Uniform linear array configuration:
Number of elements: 48
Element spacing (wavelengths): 0.5
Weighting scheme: hann
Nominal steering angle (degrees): -15
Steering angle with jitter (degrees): -16.597
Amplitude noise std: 0.05
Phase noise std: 0.05

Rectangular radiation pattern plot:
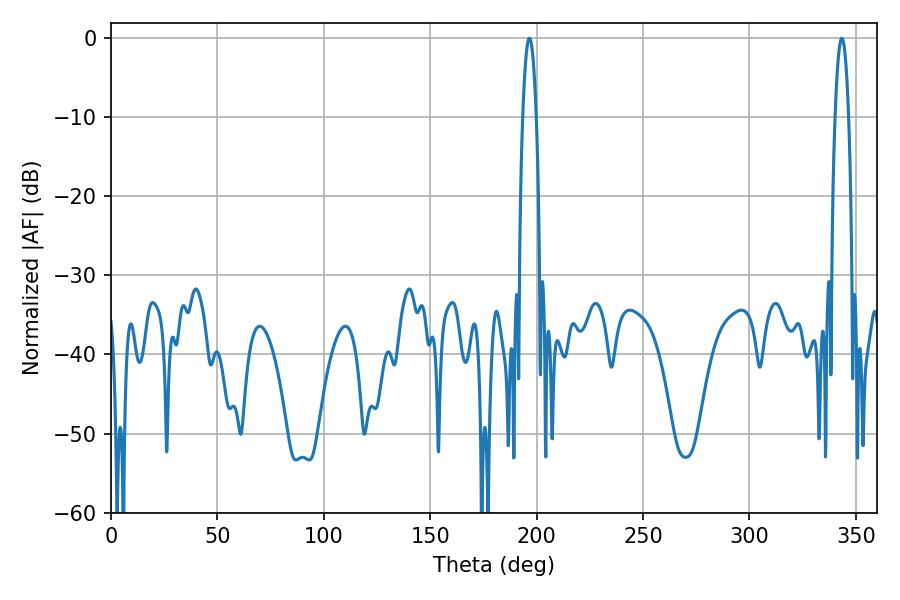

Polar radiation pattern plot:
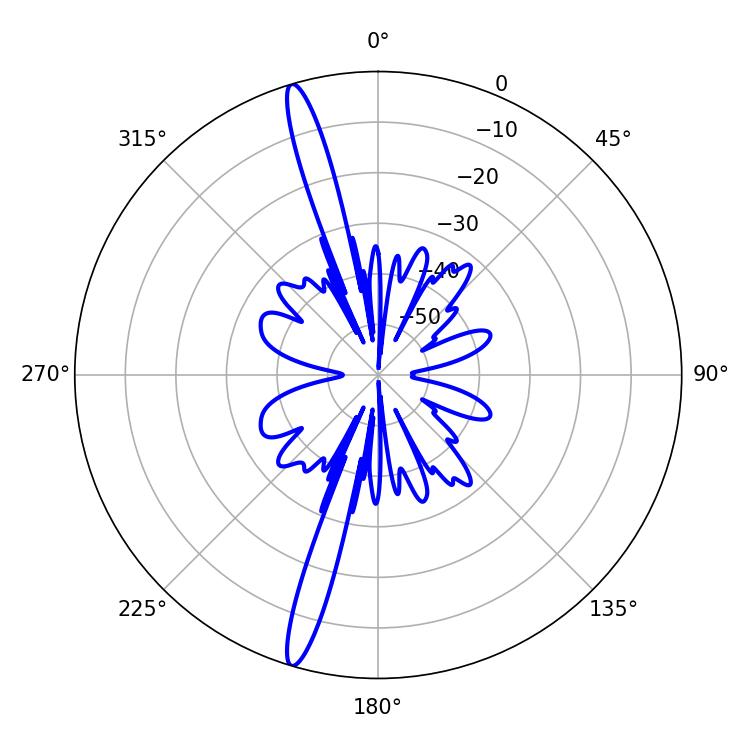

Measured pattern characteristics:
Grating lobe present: FALSE
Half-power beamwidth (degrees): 3.42
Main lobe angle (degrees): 196.56